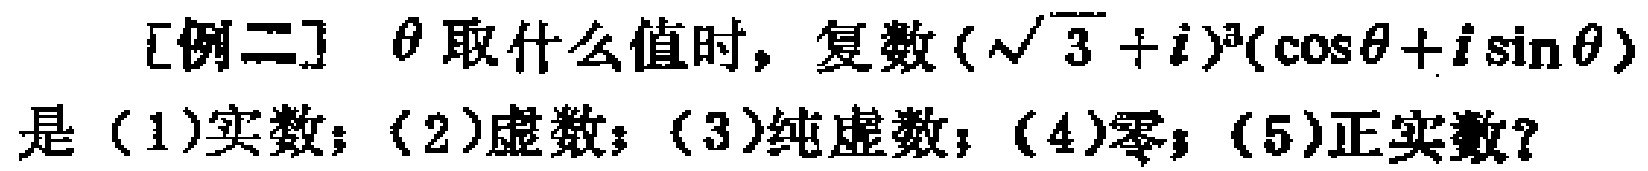
[例二] $\theta$ 取什么值时，复数$(\sqrt{3}+i)^{3}(\cos\theta +i\sin\theta)$是（1）实数；（2）虚数；（3）纯虚数；（4）零；（5）正实数？